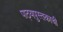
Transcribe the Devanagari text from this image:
पाठ्यपुस्तकाची